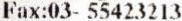
FAX:03- 55423213